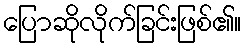
ပြောဆိုလိုက်ခြင်းဖြစ်၏။